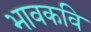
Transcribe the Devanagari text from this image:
भावकवि